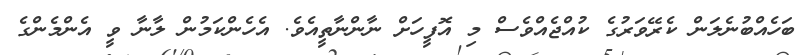
ބަހެއްބުނެލަން ކެރޭވަރުގެ ކުއްޖެއްވެސް މި އޮފީހަށް ނާންނާތީއެވެ. އެހެންކަމުން ލާނާ ވީ އެންމެންގެ